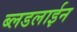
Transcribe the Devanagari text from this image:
ब्लडलाईन